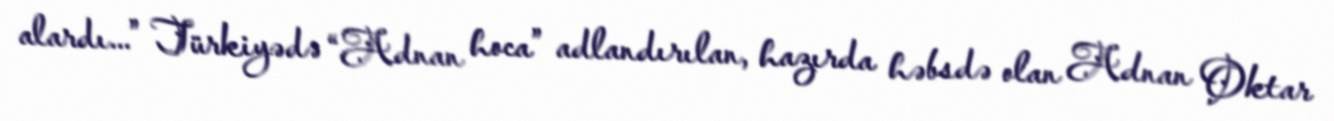
alardı...” Türkiyədə “Adnan hoca” adlandırılan, hazırda həbsdə olan Adnan Oktar